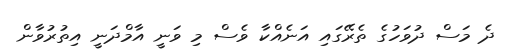
ދެ މަސް ދުވަހުގެ ތެރޭގައި އަނެއްކާ ވެސް މި ވަނީ އާމްދަނީ އިތުރުވާން